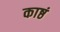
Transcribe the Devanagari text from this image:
काष्ठं